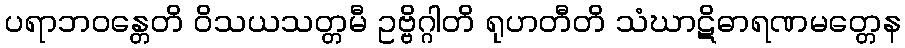
ပရာဘဝန္တေတိ ဝိသယသတ္တမီ ဥဗ္ဗိဂ္ဂါတိ ရုဟတီတိ သံဃာဋိဓာရဏမတ္တေန